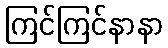
ကြင်ကြင်နာနာ